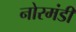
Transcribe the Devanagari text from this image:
नोरमंडी